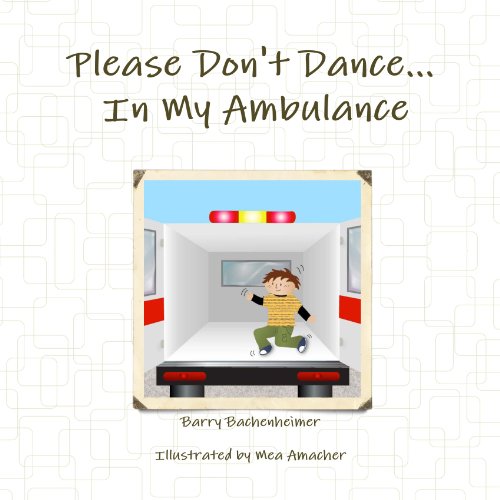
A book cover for Please Don't Dance In My Ambulance; Barry Bachenheimer; Medical Books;